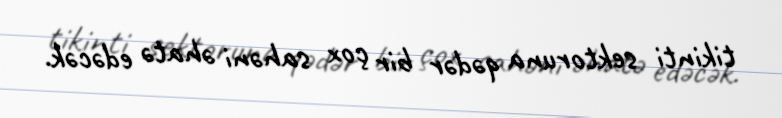
tikinti sektoruna qədər bir çox sahəni əhatə edəcək.